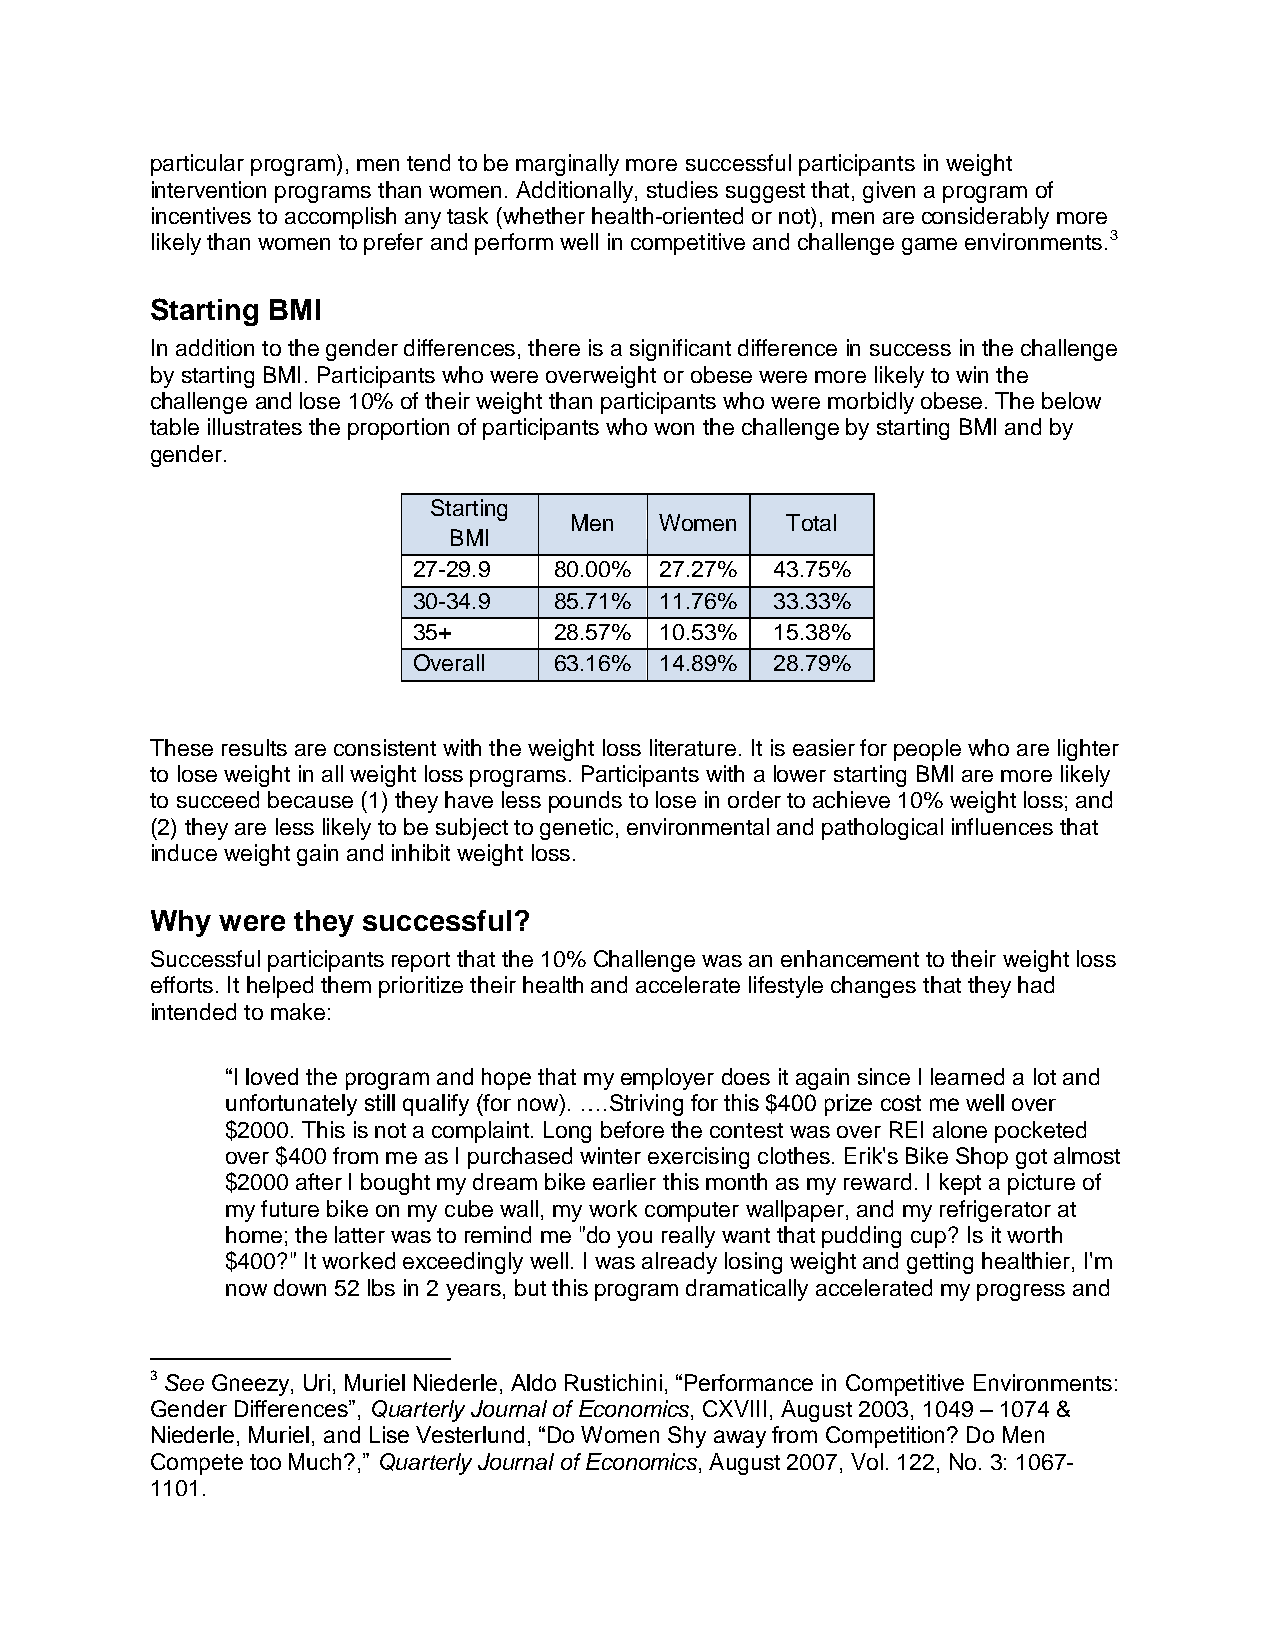
particular program), men tend to be marginally more successful participants in weight
 intervention programs than women. Additionally, studies suggest that, given a program of
 incentives to accomplish any task (whether health-oriented or not), men are considerably more
 likely than women to prefer and perform well in competitive and challenge game environments.3
 Starting BMI
 In addition to the gender differences, there is a significant difference in success in the challenge
 by starting BMI. Participants who were overweight or obese were more likely to win the
 challenge and lose 10% of their weight than participants who were morbidly obese. The below
 table illustrates the proportion of participants who won the challenge by starting BMI and by
 gender.
 Starting
 Men   Women   Total
 BMI
 27-29.9   80.00% 27.27% 43.75%
 30-34.9   85.71% 11.76% 33.33%
 35+       28.57% 10.53% 15.38%
 Overall   63.16% 14.89% 28.79%
 These results are consistent with the weight loss literature. It is easier for people who are lighter
 to lose weight in all weight loss programs. Participants with a lower starting BMI are more likely
 to succeed because (1) they have less pounds to lose in order to achieve 10% weight loss; and
 (2) they are less likely to be subject to genetic, environmental and pathological influences that
 induce weight gain and inhibit weight loss.
 Why  were they successful?
 Successful participants report that the 10% Challenge was an enhancement to their weight loss
 efforts. It helped them prioritize their health and accelerate lifestyle changes that they had
 intended to make:
 “I loved the program and hope that my employer does it again since I learned a lot and
 unfortunately still qualify (for now). ….Striving for this $400 prize cost me well over
 $2000. This is not a complaint. Long before the contest was over REI alone pocketed
 over $400 from me as I purchased winter exercising clothes. Erik's Bike Shop got almost
 $2000 after I bought my dream bike earlier this month as my reward. I kept a picture of
 my future bike on my cube wall, my work computer wallpaper, and my refrigerator at
 home; the latter was to remind me "do you really want that pudding cup? Is it worth
 $400?" It worked exceedingly well. I was already losing weight and getting healthier, I'm
 now down 52 lbs in 2 years, but this program dramatically accelerated my progress and
 3 See Gneezy, Uri, Muriel Niederle, Aldo Rustichini, “Performance in Competitive Environments:
 Gender Differences”, Quarterly Journal of Economics, CXVIII, August 2003, 1049 – 1074 &
 Niederle, Muriel, and Lise Vesterlund, “Do Women Shy away from Competition? Do Men
 Compete too Much?,” Quarterly Journal of Economics, August 2007, Vol. 122, No. 3: 1067-
 1101.